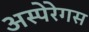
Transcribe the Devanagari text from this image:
अस्पेरेगस